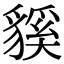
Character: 貕